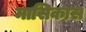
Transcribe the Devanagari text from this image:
मासिकास